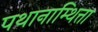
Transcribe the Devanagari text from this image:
पथानाम्थित्ता